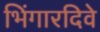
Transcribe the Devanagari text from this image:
भिंगारदिवे